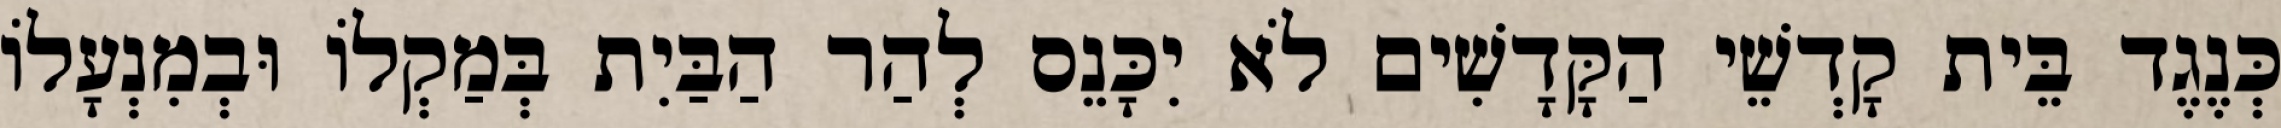
כְּנֶגֶד בֵּית קָדְשֵׁי הַקָּדָשִׁים לֹא יִכָּנֵס לְהַר הַבַּיִת בְּמַקְלוֹ וּבְמִנְעָלוֹ